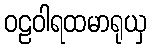
ဝဠဝါရထမာရုယှ